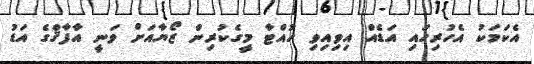
އެކަމަކު އެހުރިހައި އަޑެއް އިވިއިވި ހުއްޓާ މީގެކުރިން ޒޯޔާއަށް ވަނީ އާފާޤްގެ އަޑު